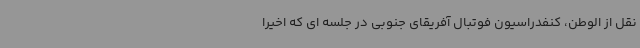
نقل از الوطن، کنفدراسیون فوتبال آفریقای جنوبی در جلسه ای که اخیرا